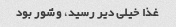
غذا خیلی دیر رسید، و شور بود